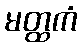
မတ္ထကံ